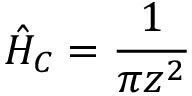
\hat { H } _ { C } = \frac { 1 } { \pi z ^ { 2 } }